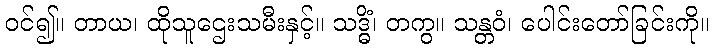
ဝင်၍။ တာယ၊ ထိုသူဌေးသမီးနှင့်။ သဒ္ဓိံ၊ တကွ။ သန္တဝံ၊ ပေါင်းတော်ခြင်းကို။